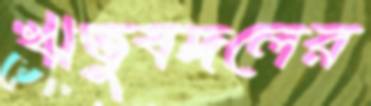
ঋতুবদলের